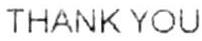
THANK YOU